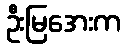
ဦးမြအေးက